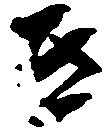
き